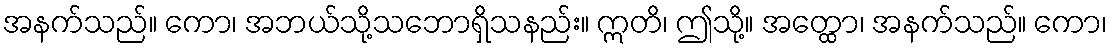
အနက်သည်။ ကော၊ အဘယ်သို့သဘောရှိသနည်း။ ဣတိ၊ ဤသို့။ အတ္ထော၊ အနက်သည်။ ကော၊